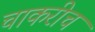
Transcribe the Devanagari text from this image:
चाकरीच